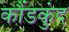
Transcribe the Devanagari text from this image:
कौंडकुंद